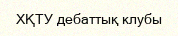
ХҚТУ дебаттық клубы